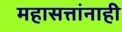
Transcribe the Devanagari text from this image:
महासत्तांनाही